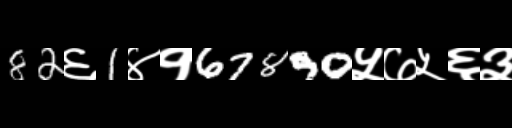
Text: 82६1४१67890५७५६३